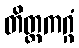
တိတ္တကဂ္ဂံ